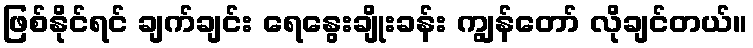
ဖြစ်နိုင်ရင် ချက်ချင်း ရေနွေးချိုးခန်း ကျွန်တော် လိုချင်တယ်။